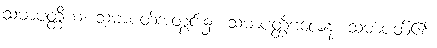
သမာပတ္တိယံ၊ သမာပတ်အတွင်း၌။ သမာပတ္တိဗလေန၊ သမာပတ်၏